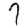
Digit: 7